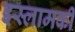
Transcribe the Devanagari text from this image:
इस्लामकी